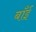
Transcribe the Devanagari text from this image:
बाँईं